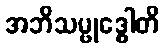
အဘိသမ္ဗုဒ္ဓေါတိ